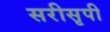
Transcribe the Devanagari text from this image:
सरीसृपी